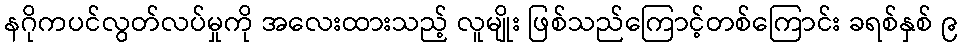
နဂိုကပင်လွတ်လပ်မှုကို အလေးထားသည့် လူမျိုး ဖြစ်သည်ကြောင့်တစ်ကြောင်း ခရစ်နှစ် ၉